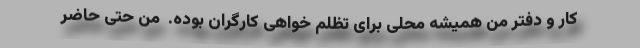
کار و دفتر من همیشه محلی برای تظلم خواهی کارگران بوده. ‌ من حتی حاضر